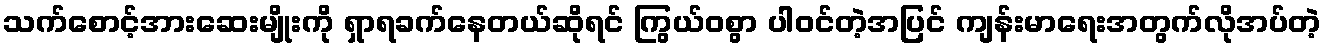
သက်စောင့်အားဆေးမျိုးကို ရှာရခက်နေတယ်ဆိုရင် ကြွယ်ဝစွာ ပါဝင်တဲ့အပြင် ကျန်းမာရေးအတွက်လိုအပ်တဲ့